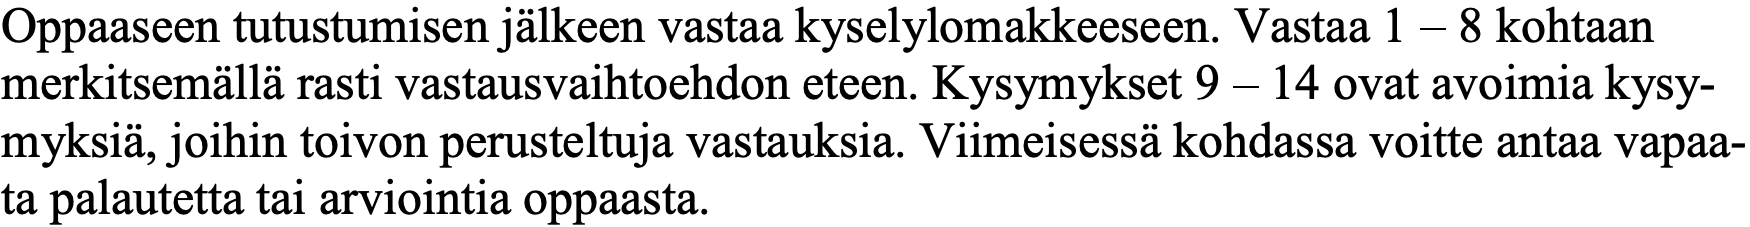
Oppaaseen tutustumisen jälkeen vastaa kyselylomakkeeseen. Vastaa 1 – 8 kohtaan merkitsemällä rasti vastausvaihtoehdon eteen. Kysymykset 9 – 14 ovat avoimia kysy- myksiä, joihin toivon perusteltuja vastauksia. Viimeisessä kohdassa voitte antaa vapaa- ta palautetta tai arviointia oppaasta.